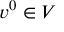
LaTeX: v ^ { 0 } \in V